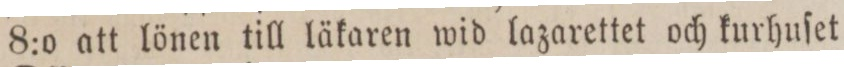
8:o att lönen till läkaren wid lazarettet och kurhuſet